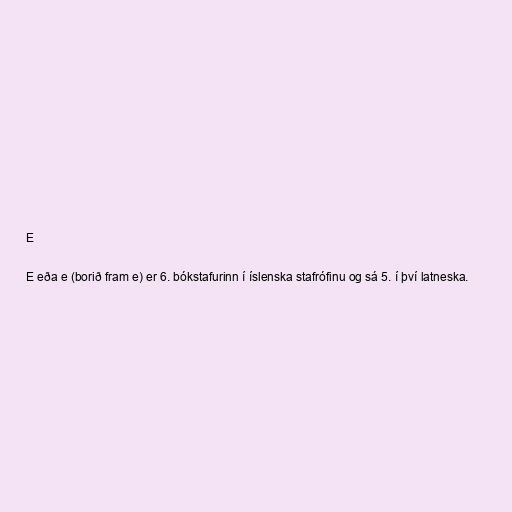
E

E eða e (borið fram e) er 6. bókstafurinn í íslenska stafrófinu og sá 5. í því latneska.